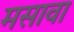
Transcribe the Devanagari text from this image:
मसावा